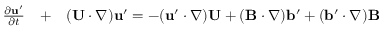
\begin{array} { r l r } { \frac { \partial { \bf { u } } ^ { \prime } } { \partial t } } & { { } + } & { ( { \bf { U } } \cdot \nabla ) { \bf { u } } ^ { \prime } = - ( { \bf { u } } ^ { \prime } \cdot \nabla ) { \bf { U } } + ( { \bf { B } } \cdot \nabla ) { \bf { b } } ^ { \prime } + ( { \bf { b } } ^ { \prime } \cdot \nabla ) { \bf { B } } } \end{array}